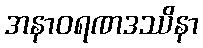
အနာဝရဏဒဿိနာ